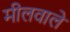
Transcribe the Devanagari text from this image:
मीलवाले